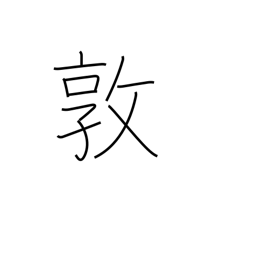
Meaning: industry